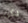
يكن